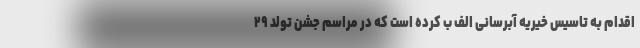
اقدام به تاسیس خیریه آبرسانی الف ب کرده است که در مراسم جشن تولد ۲۹